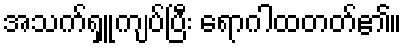
အသက်ရှူကျပ်ပြီး ရောဂါထတတ်၏။